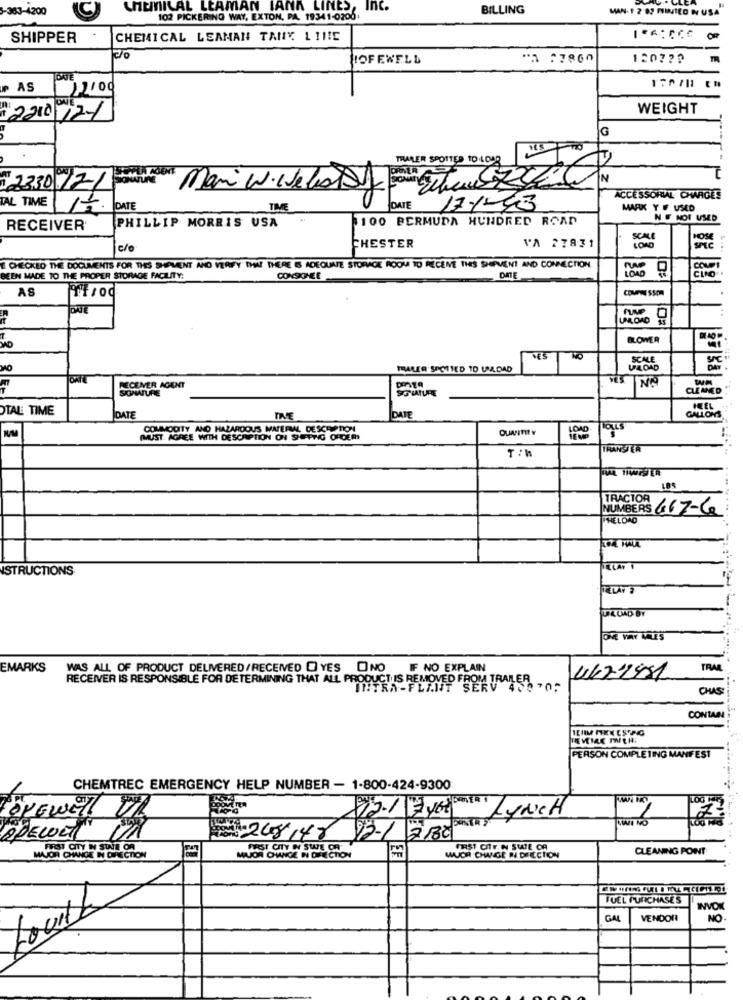
-383-4200
C
CHEMICAL LEAMAN IANA LINES, Inc.
BILLING
MAN- 1 2 82 PINTED N USA
102 PICKERING WAY, EXTON, PA. 19341-0200
SHIPPER
CHEMICAL LEAMAN TANY LINIE
HOFEWELL
1207 ??
TR
» AS
11210
ONE
WEIGHT
1 2210 12-1
G
THALER SPOTTED TO.LOAR
23.30 .12/ Mu
Mani w. Wellstyle Cr250
ACCESSORIAL CHARGES
TAL TIME DATE
DATE
17.1-43
MARK Y F USED
1100 PERMUDA HUNDRED ROAD
NE NOT USED
RECEIVER
PHILLIP MORRIS USA
SCALE
c/o
CHESTER
VA 27831
CHECKED THE DOCUMENTS FOR THES SHIPMENT AND VERIFY THAT THERE IS ADEQUATE STORAGE ROOM TO RECENE THES SHIPMENT AND CONNECTION
COMP
BEEN MADE TO THE PROPER STORAGE FACILITY:
CONSOMEE
DATE
AS
UNLOAD
ILOWER
VES
NO
SCALE
TRALER SPOTTED TO LADAD
UPLOAD
25 58
T
RECEIVER AGENT
SOMMATURE
SGUATURE
NO
CLEANED
OTAL TIME
DATE
DATE
GALLONS,
COMMODITY AND HAZARDOUS MATERIAL DESCRIPTION
(MUST AGREE WITH DESCRIPTION ON SHIFTIG ORDER
T :h
TRANS ER
LBS
TRACTOR
NUMBERS 667-C
THELOAD
STRUCTIONS
TELAY'S
4. LAD BY
EMARKS
WAS ALL OF PRODUCT DELIVERED/RECEIVED DYES ONO IF NO EXPLAIN
TRA
RECEIVER IS RESPONSIBLE FOR DETERMINING THAT ALL PRODUCT IS REMOVED FROM TRAILER
4672981
INTRA-FLINT SERV 45670;
OUS
CONTAR
PERSON COMPLETING MANFEST
CHEMTREC EMERGENCY HELP NUMBER - 1-800-424-9300
WAN IK
FOREWE !! VI
ST LYNCH
WWE NO
APEWET
00: 248148 93-1 2 180
FIRST CITY IN SINE ON
EF
FIRST CITY. IN SITE OR
CLEANING POINT
MAVOR CHANGE IN DIRECTION
MILJOR CHANGE IN DIRECTION
WUOR CHWIGE I DIRECTION
FUEL PURCHASE'S
INVOK
GAL
VENDOR
NO